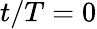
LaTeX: t/T=0